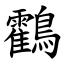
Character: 鸖